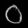
Digit: ၀